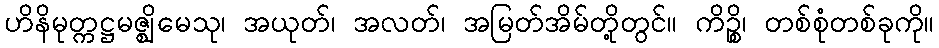
ဟိနိမုတ္ကဋ္ဌမဇ္ဈိမေသု၊ အယုတ်၊ အလတ်၊ အမြတ်အိမ်တို့တွင်။ ကိဉ္စိ၊ တစ်စုံတစ်ခုကို။